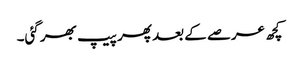
کچھ عرصے کے بعد پھر پیپ بھر گئی۔